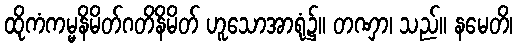
ထိုကံကမ္မနိမိတ်ဂတိနိမိတ် ဟူသောအာရုံ၌။ တဏှာ၊ သည်။ နမေတိ၊